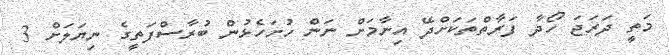
މަތީ ދަރަޖަ ހޯދާ ފަރާތްތަކަށްދޭ އިނާމަށް ނަން ހުށަހެޅުން ބުރާސްފަތީގެ ނިޔަލަށް 3